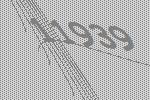
11939